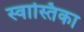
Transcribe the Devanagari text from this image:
स्वास्तिका